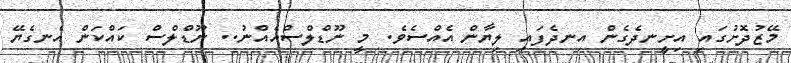
މޭޒުދޮށުގައި އިށީނދެގެން އިނދެފައި ލިޔާން އެއްސެވެ. މީ ނޫޑްލްސްއެއްނު.. ނޫޑްލްސް ކައްކަން އެނގެޔޭ